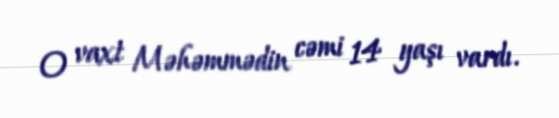
O vaxt Məhəmmədin cəmi 14 yaşı vardı.